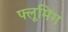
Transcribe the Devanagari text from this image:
फ्लूमिंग